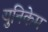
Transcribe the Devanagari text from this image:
युनिकेम